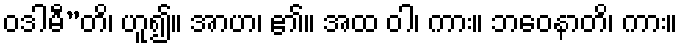
ဝဒါမီ”တိ၊ ဟူ၍။ အာဟ၊ ၏။ အထ ဝါ၊ ကား။ ဘဝေနာတိ၊ ကား။